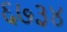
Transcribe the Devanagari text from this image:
६७३४